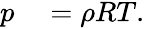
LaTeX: \begin{array}{rl}{p}&{{}=\rho RT.}\end{array}